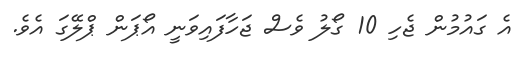
އެ ގައުމުން ޖެހި 10 ގޯލު ވެސް ޖަހާފައިވަނީ އޯޕަން ޕްލޭގަ އެވެ.